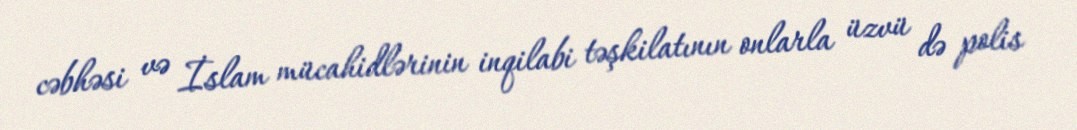
cəbhəsi və İslam mücahidlərinin inqilabi təşkilatının onlarla üzvü də polis